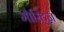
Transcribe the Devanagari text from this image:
मौरिट्ज़